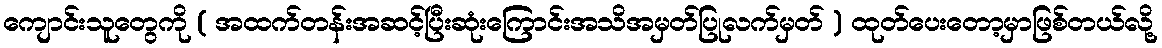
ကျောင်းသူတွေကို ( အထက်တန်းအဆင့်ပြီးဆုံးကြောင်းအသိအမှတ်ပြုလက်မှတ် ) ထုတ်ပေးတော့မှာဖြစ်တယ်လို့